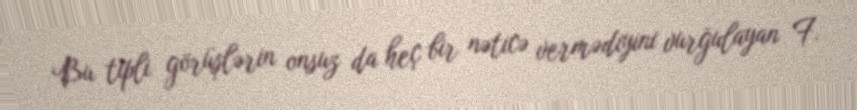
Bu tipli görüşlərin onsuz da heç bir nəticə vermədiyini vurğulayan F.